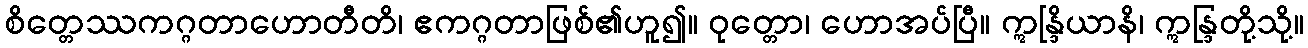
စိတ္တေဿကဂ္ဂတာဟောတီတိ၊ ဧကဂ္ဂတာဖြစ်၏ဟူ၍။ ဝုတ္တော၊ ဟောအပ်ပြီ။ ဣန္ဒြိယာနိ၊ ဣန္ဒြတို့သို့။